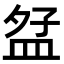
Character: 𪾎